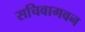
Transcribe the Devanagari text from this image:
सचिवागवन